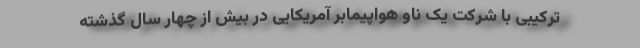
ترکیبی با شرکت یک ناو هواپیمابر آمریکایی در بیش از چهار سال گذشته